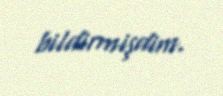
bildirmişdim.